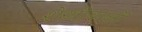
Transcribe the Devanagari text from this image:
शेख़ीबाज़ों